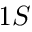
1 S